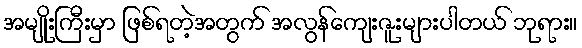
အမျိုးကြီးမှာ ဖြစ်ရတဲ့အတွက် အလွန်ကျေးဇူးများပါတယ် ဘုရား။